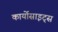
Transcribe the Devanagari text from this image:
कार्योसाइट्स